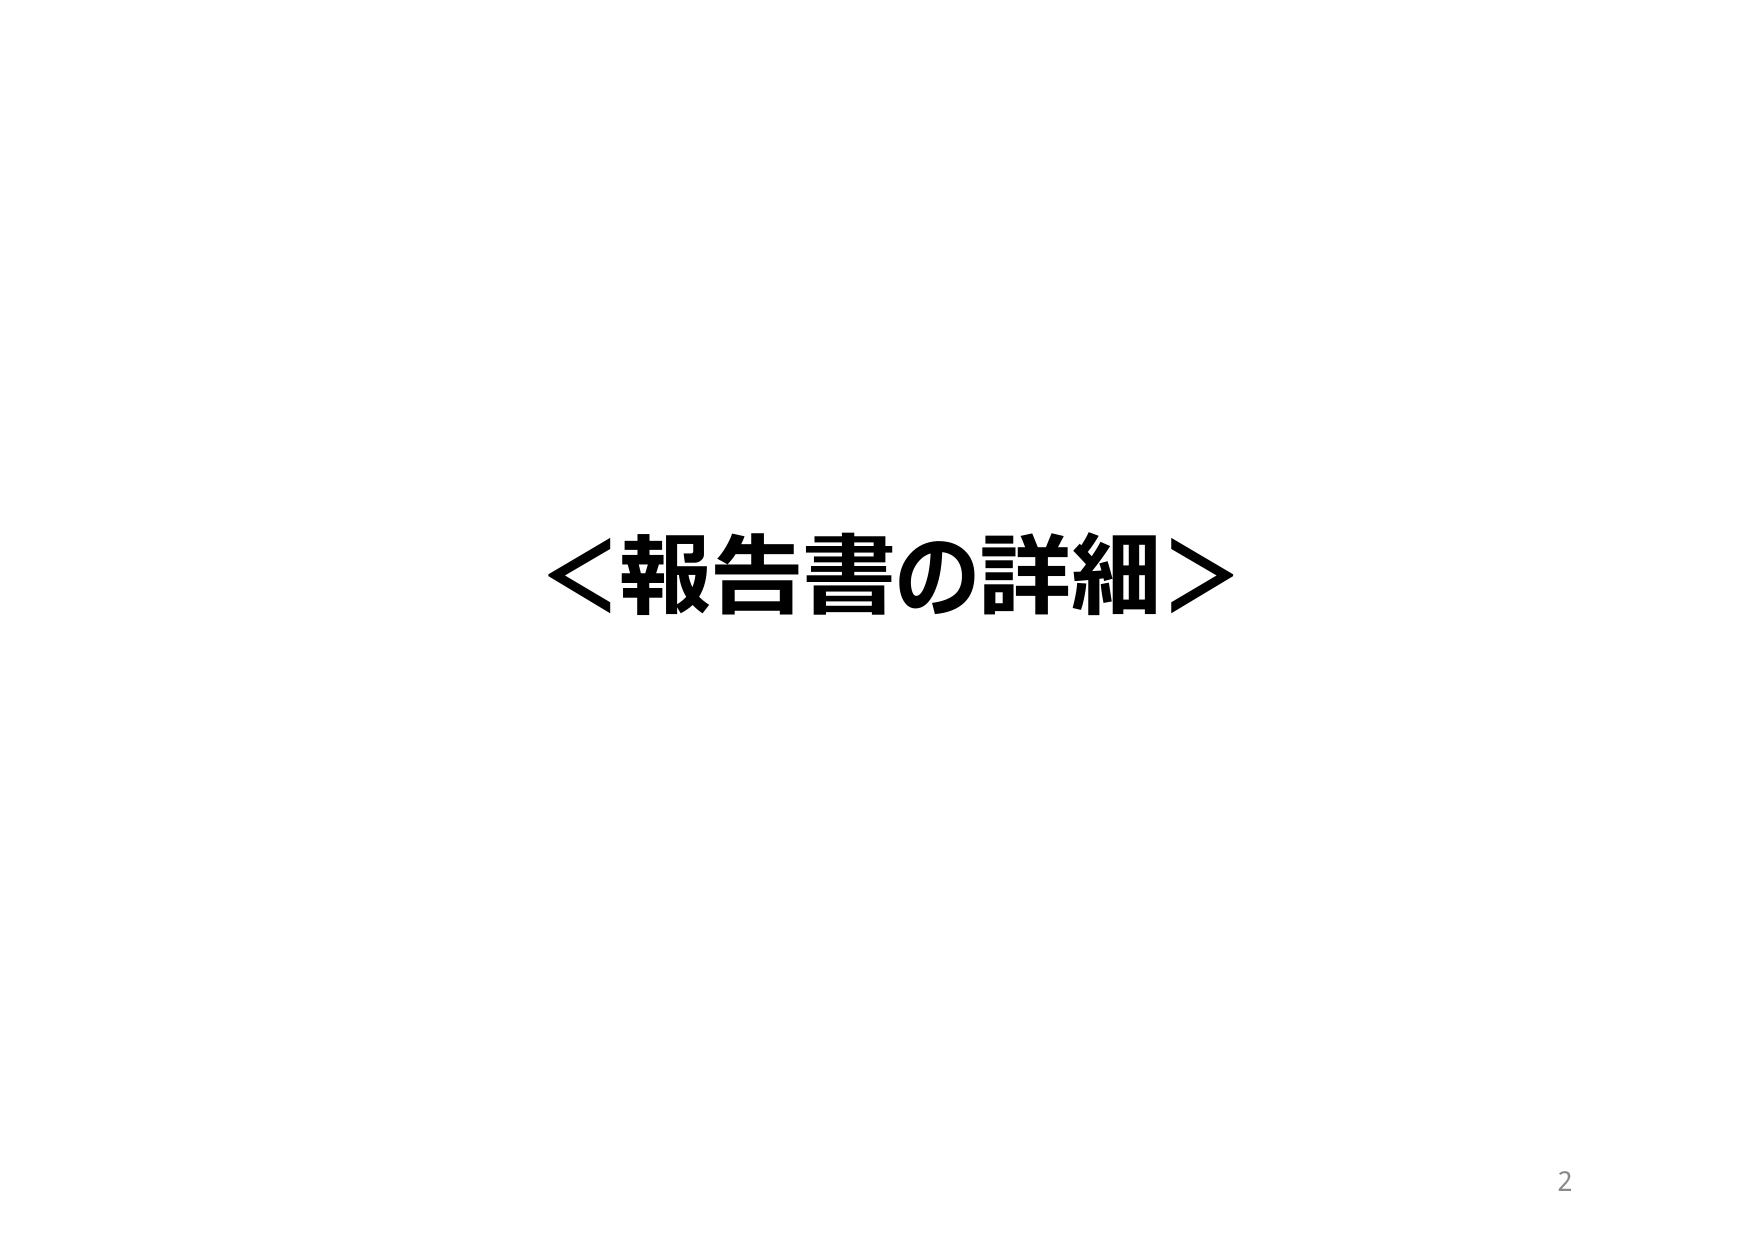
＜報告書の詳細＞
2